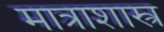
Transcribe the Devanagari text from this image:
मात्राशास्त्र